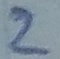
Text: 2